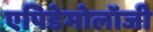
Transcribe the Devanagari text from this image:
एपिडेमोलॉजी